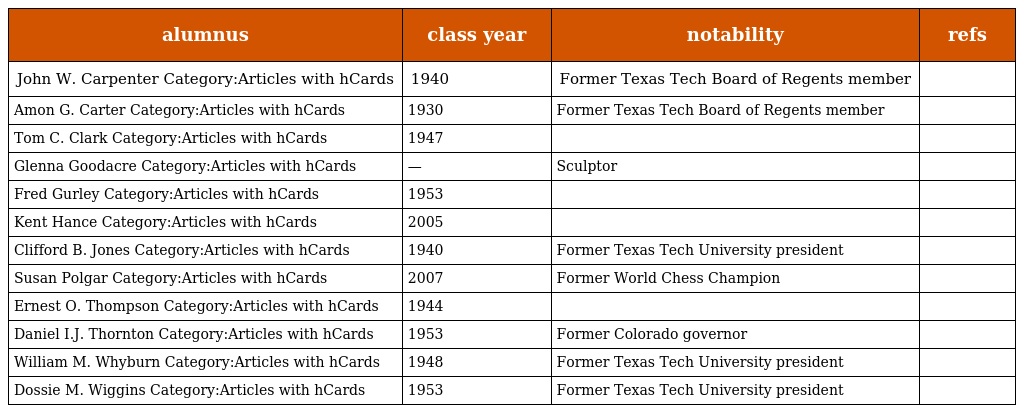
| alumnus | class year | notability | refs |
 | --- | --- | --- | --- |
 | John W. Carpenter Category:Articles with hCards | 1940 | Former Texas Tech Board of Regents member |  |
 | Amon G. Carter Category:Articles with hCards | 1930 | Former Texas Tech Board of Regents member |  |
 | Tom C. Clark Category:Articles with hCards | 1947 |  |  |
 | Glenna Goodacre Category:Articles with hCards | — | Sculptor |  |
 | Fred Gurley Category:Articles with hCards | 1953 |  |  |
 | Kent Hance Category:Articles with hCards | 2005 |  |  |
 | Clifford B. Jones Category:Articles with hCards | 1940 | Former Texas Tech University president |  |
 | Susan Polgar Category:Articles with hCards | 2007 | Former World Chess Champion |  |
 | Ernest O. Thompson Category:Articles with hCards | 1944 |  |  |
 | Daniel I.J. Thornton Category:Articles with hCards | 1953 | Former Colorado governor |  |
 | William M. Whyburn Category:Articles with hCards | 1948 | Former Texas Tech University president |  |
 | Dossie M. Wiggins Category:Articles with hCards | 1953 | Former Texas Tech University president |  |